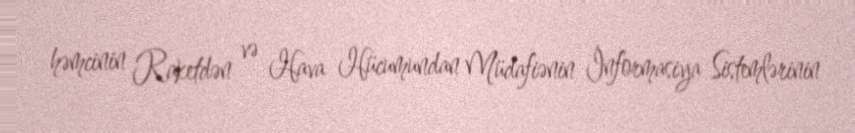
həmcinin Raketdən və Hava Hücumundan Müdafiənin İnformasiya Sistemlərinin